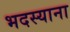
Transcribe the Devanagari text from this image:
भदस्याना